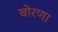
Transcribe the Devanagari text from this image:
बोरणा